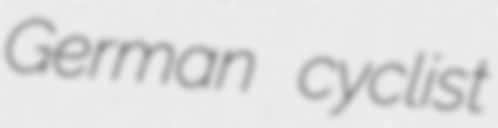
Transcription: German cyclist